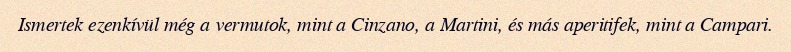
Ismertek ezenkívül még a vermutok, mint a Cinzano, a Martini, és más aperitifek, mint a Campari.